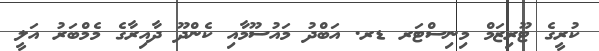
ކުރީގެ ޓޫރިޒަމް މިނިސްޓަރ ޑރ. އަބްދު މައުސޫމާއި ކެންދޫ ދާއިރާގެ މެމްބަރު އަލީ